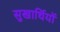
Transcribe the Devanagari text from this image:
सुखार्थियों